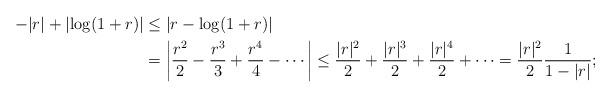
LaTeX: \begin{align*} -\lvert r\rvert + \lvert\log(1 + r)\rvert &\leq \lvert r - \log(1 + r)\rvert \\ &= \biggl\lvert\frac{r^2}{2} - \frac{r^3}{3} + \frac{r^4}{4} - \dotsb\biggr\rvert\leq \frac{\lvert r\rvert^2}{2} + \frac{\lvert r\rvert^3}{2} + \frac{\lvert r\rvert^4}{2} + \dotsb= \frac{\lvert r\rvert^2}{2}\frac{1}{1 - \lvert r\rvert};\end{align*}